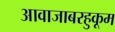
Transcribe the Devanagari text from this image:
आवाजाबरहुकूम